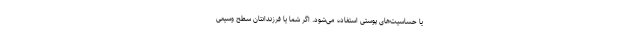
یا حساسیت‌های پوستی استفاده می‌شود. اگر شما یا فرزندانتان سطح وسیعی